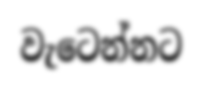
වැටෙන්නට